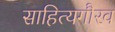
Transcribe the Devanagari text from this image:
साहित्यगौरव